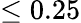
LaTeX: \leq 0.25